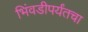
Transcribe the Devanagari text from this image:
भिंवडीपर्यंतचा